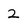
Character: 2